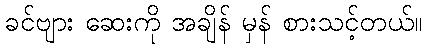
ခင်ဗျား ဆေးကို အချိန် မှန် စားသင့်တယ်။